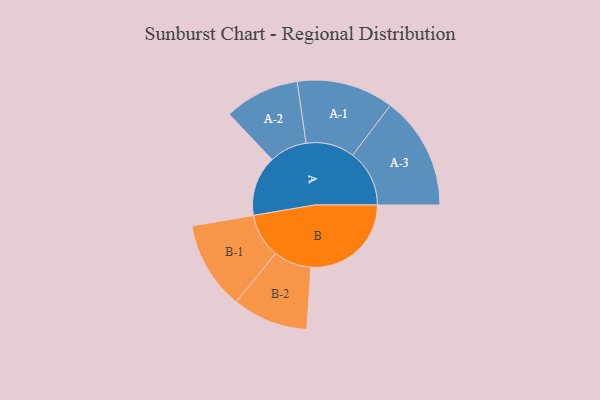
{"axis": {"x": "Segment", "y": "Value"}, "legend": ["", "A", "B"], "data": [{"x": "A", "y": 288, "type": ""}, {"x": "B", "y": 480, "type": ""}, {"x": "A-1", "y": 232, "type": "A"}, {"x": "A-2", "y": 180, "type": "A"}, {"x": "A-3", "y": 271, "type": "A"}, {"x": "B-1", "y": 211, "type": "B"}, {"x": "B-2", "y": 181, "type": "B"}]}